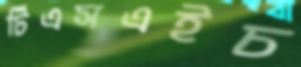
টিএসএইচ